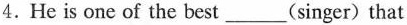
4.He is one of the best___(singer)that